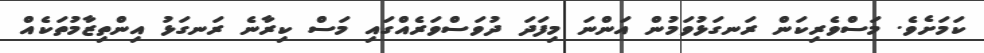
ކަަމަށެވެ. މަސްވެރިކަން ރަނގަޅުވަމުން އަންނަ މިފަދަ ދުވަސްވަރެއްގައި މަސް ކިރާނެ ރަނގަޅު އިންތިޒާމުތަކެއް